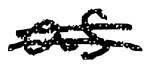
Text: as
Cross-out: mix
Writing tool: digital_black